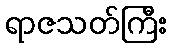
ရာဇသတ်ကြီး